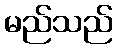
မည်သည်